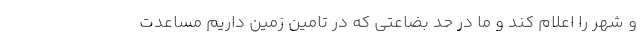
و شهر را اعلام کند و ما در حد بضاعتی که در تامین زمین داریم مساعدت